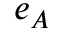
e _ { A }